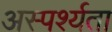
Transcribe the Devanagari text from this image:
अस्पर्श्यता